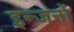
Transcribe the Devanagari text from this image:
इन्जनों